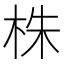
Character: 株